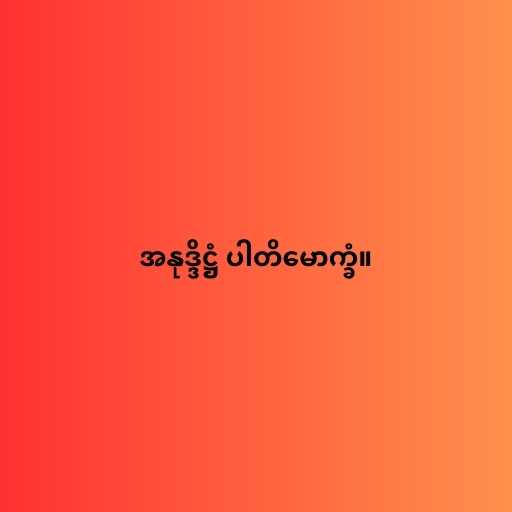
အနုဒ္ဒိဋ္ဌံ ပါတိမောက္ခံ။